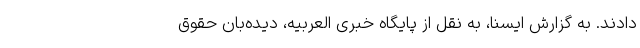
دادند. به گزارش ایسنا، به نقل از پایگاه خبری العربیه، دیده‌بان حقوق